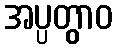
အပ္ပတွာဝ